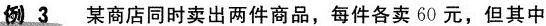
例3 某商店同时卖出两件商品，每件各卖60元，但其中